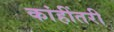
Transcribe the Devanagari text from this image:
कांहींतरी